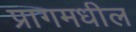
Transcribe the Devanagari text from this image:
प्रागमधील